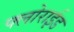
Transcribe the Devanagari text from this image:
फ्लोराईड